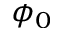
\phi _ { 0 }